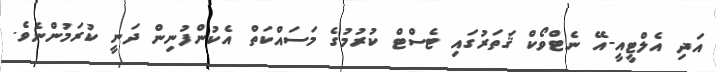
އަދި އެލްޓީއީ-އޭ ނެޓްވޯކް ޤަތަރުގައި ޓެސްޓް ކުރުމުގެ މަސައްކަތް އެކުންފުނިން ދަނީ ކުރަމުންނެވެ.